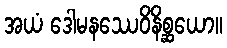
အယံ ဒေါမနဿေဝိနိစ္ဆယော။